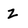
Character: Z